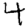
Digit: 4